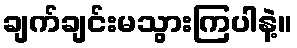
ချက်ချင်းမသွားကြပါနဲ့။